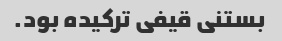
بستنی قیفی ترکیده بود.